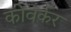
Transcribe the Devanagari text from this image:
कोवर्कर